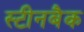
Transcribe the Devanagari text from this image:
स्टीनबैक